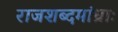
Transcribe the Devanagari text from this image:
राजशब्दमांध्राः